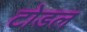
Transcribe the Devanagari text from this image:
टोडल